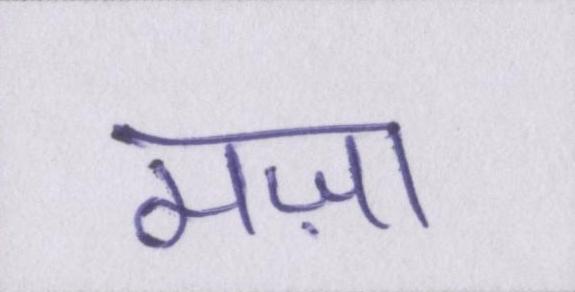
मज़ा